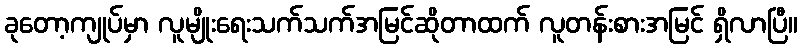
ခုတော့ကျုပ်မှာ လူမျိုးရေးသက်သက်အမြင်ဆိုတာထက် လူတန်းစားအမြင် ရှိလာပြီ။